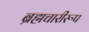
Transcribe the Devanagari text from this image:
ब्रह्मचारीरूप